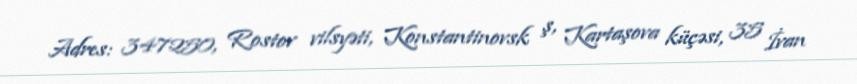
Adres: 347250, Rostov vilsyəti, Konstantinovsk ş, Kartaşova küçəsi, 35 İvan